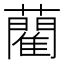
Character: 藺